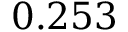
0 . 2 5 3